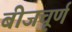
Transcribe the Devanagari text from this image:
बीजचूर्ण